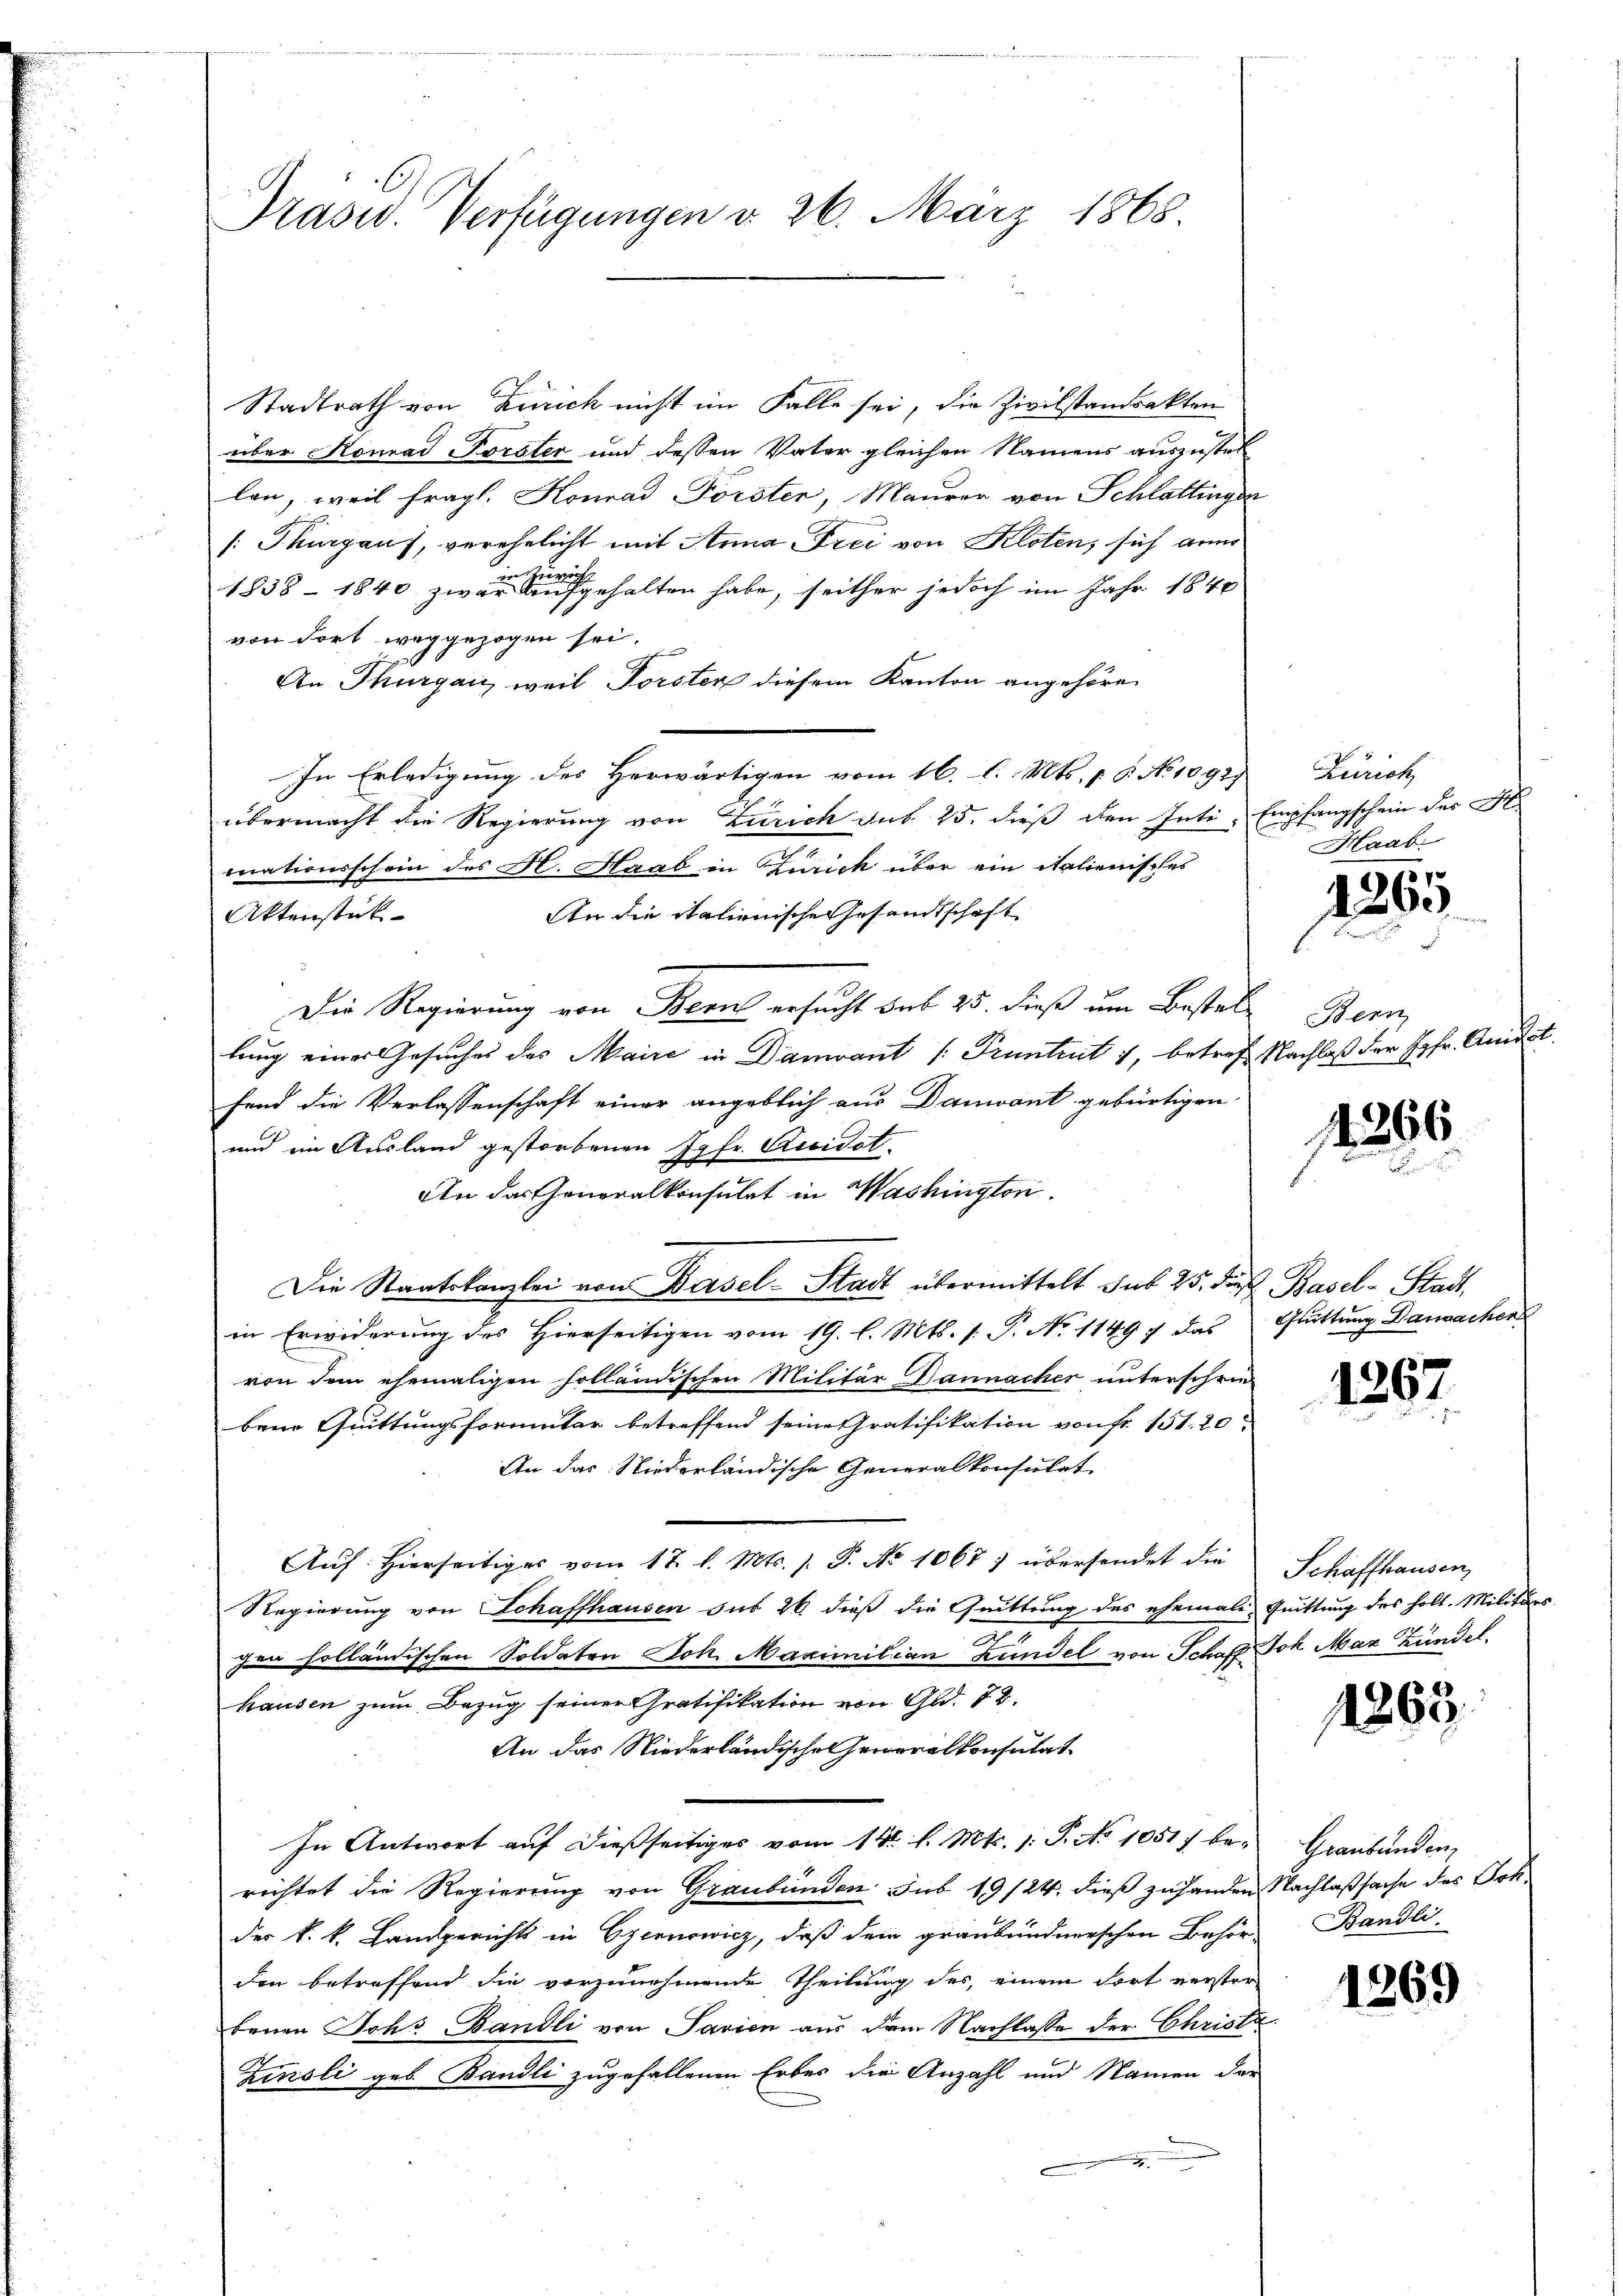
Präsid. Verfügungen d. 26. März 1865.

Stadtrath von Zürich nicht im Falle sei, die Zivilstandsakten
über Konrad Forster und dessen Vater gleichen Namens auszustel
len, weil fragl. Konrad Förster, Maurer von Schlattingen
[: Thurgaus, verehelicht mit Anna Frei von Kloten, sich geno
1838 - 1840 zwar einen gehalten habe, seither jedoch im Jahr 1840
von dort weggezogen sei.
An Thurgau, weil Forster diesem Kanton angehören
In Erledigung des Herwärtigen vom 16. l. Mts. 18. No 1092)
übermacht die Regierung von Zürich sub 25. dieß den Inti. Empfangschein der K.
mnationsschein des Hl. Haab in Zürich über ein italienisches
An die italienische Gesandtschaft
Aktenstük-
Die Regierung von Bern ersucht des 25. dieß um Bestellung eines Gesuches des Maire in Damvant /: Pruntrut 1, betref Nachlaß der Jgfr. Anst
fend die Verlassenschaft einer angeblich aus Danwant gebürtigen
und ein Ausland gestorbenen Jgfr. Recidat
An das Generalkonsulat in Washington.
Die Staatskanzlei von Basel-Stadt übermittelt sub 25. die Basel-Stadt,
in Erwiderung des Hierseitigen vom 19. l. Mts. s. P. No 1149 f das Quittung Danachen
von dem ehemaligen holländischen Militär Bannacher unterschriebene Quittungsformular betreffend seine ratifikation von fr. 151. 20
An das Niederländische Generalkonsulat
Auf: Hierseitiges vom 17. d. Mts. s. S. No 1067; übersendet die
Regierung von Schaffhausen sub 26 dieß die Quittung des ehemali Quittung des holt. Militärs
2
gan holländischen Soldaten Joh. Maximilian Bundel von Schaff Joh. Max Zündel.
hausen zum Bezug seiner Gratifikation von Gld. 78.
An das Niederländischen Generalkonsulat
In Antwort auf dießseitiges vom 14t. l. Mts. 1. P. No 1051) be-
richtet die Regierung von Graubünden sub 19/24. dieß zu handen Nachlaßsache des Sohder k. k. Landgerichts in Czernowicz, daß dein graubündnerschen Behör-
den betreffend die vorzunehmende Theilung des, einem dort verster-
benen Johs Bändli von Savien aus dem Nachlasse der Christa
Zinsli geb. Bandli zugefallenen Erbes die Anzahl und Namen der
.

Zürich
Haab

457
1209

Stern

1296

1267

Schaffhausen,

1863.

Graubünden,
Bändli

1269